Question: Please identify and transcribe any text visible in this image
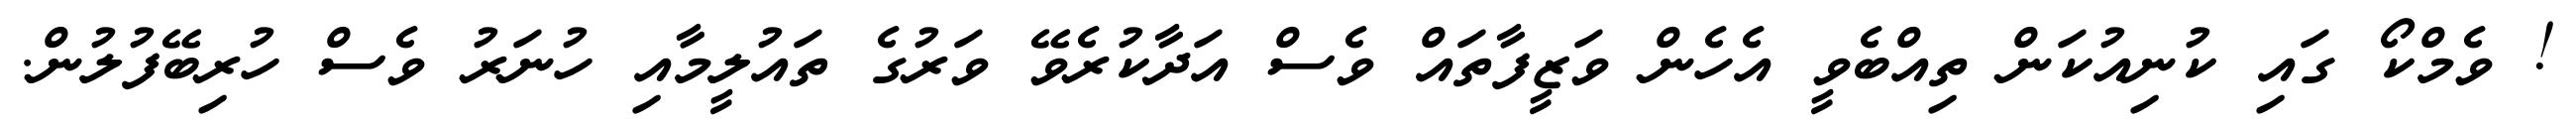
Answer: ! ވެމްކޯ ގައި ކުނިއުކަން ތިއްބެވީ އެހެން ވަޒީފާތައް ވެސް އަދާކުރެވޭ ވަރުގެ ތައުލީމާއި ހުނަރު ވެސް ހުރިބޭފުލުން.